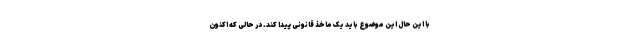
با این حال این موضوع باید یک ماخذ قانونی پیدا کند. در حالی که اکنون